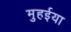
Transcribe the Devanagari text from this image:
मुहईया